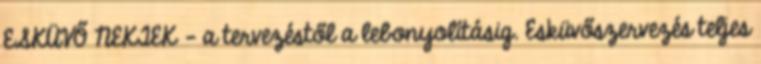
ESKÜVŐ NEKTEK - a tervezéstől a lebonyolításig. Esküvőszervezés teljes